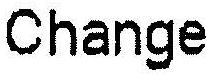
CHANGE